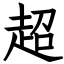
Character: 超